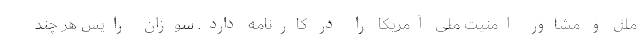
ملل و مشاور امنیت ملی آمریکا را در کارنامه دارد. سوزان رایس هر چند